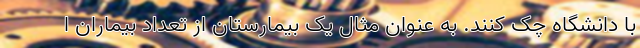
با دانشگاه چک کنند. به عنوان مثال یک بیمارستان از تعداد بیماران ا